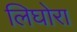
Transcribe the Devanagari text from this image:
लिघोरा